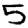
Digit: 5